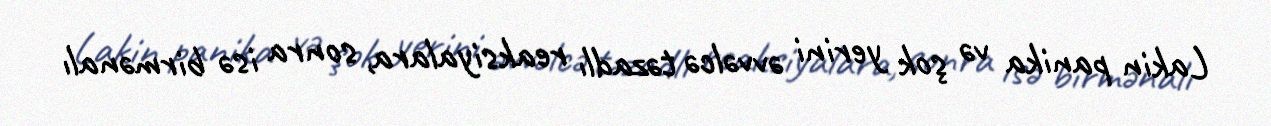
Lakin panika və şok yerini əvvəlcə təzadlı reaksiyalara, sonra isə birmənalı